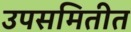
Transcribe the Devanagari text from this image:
उपसमितीत